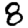
Digit: 8